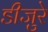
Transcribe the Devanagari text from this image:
डीजुरे